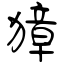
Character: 獐